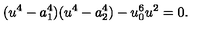
( u ^ { 4 } - a _ { 1 } ^ { 4 } ) ( u ^ { 4 } - a _ { 2 } ^ { 4 } ) - u _ { 0 } ^ { 6 } u ^ { 2 } = 0 .